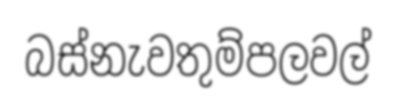
බස්නැවතුම්පලවල්